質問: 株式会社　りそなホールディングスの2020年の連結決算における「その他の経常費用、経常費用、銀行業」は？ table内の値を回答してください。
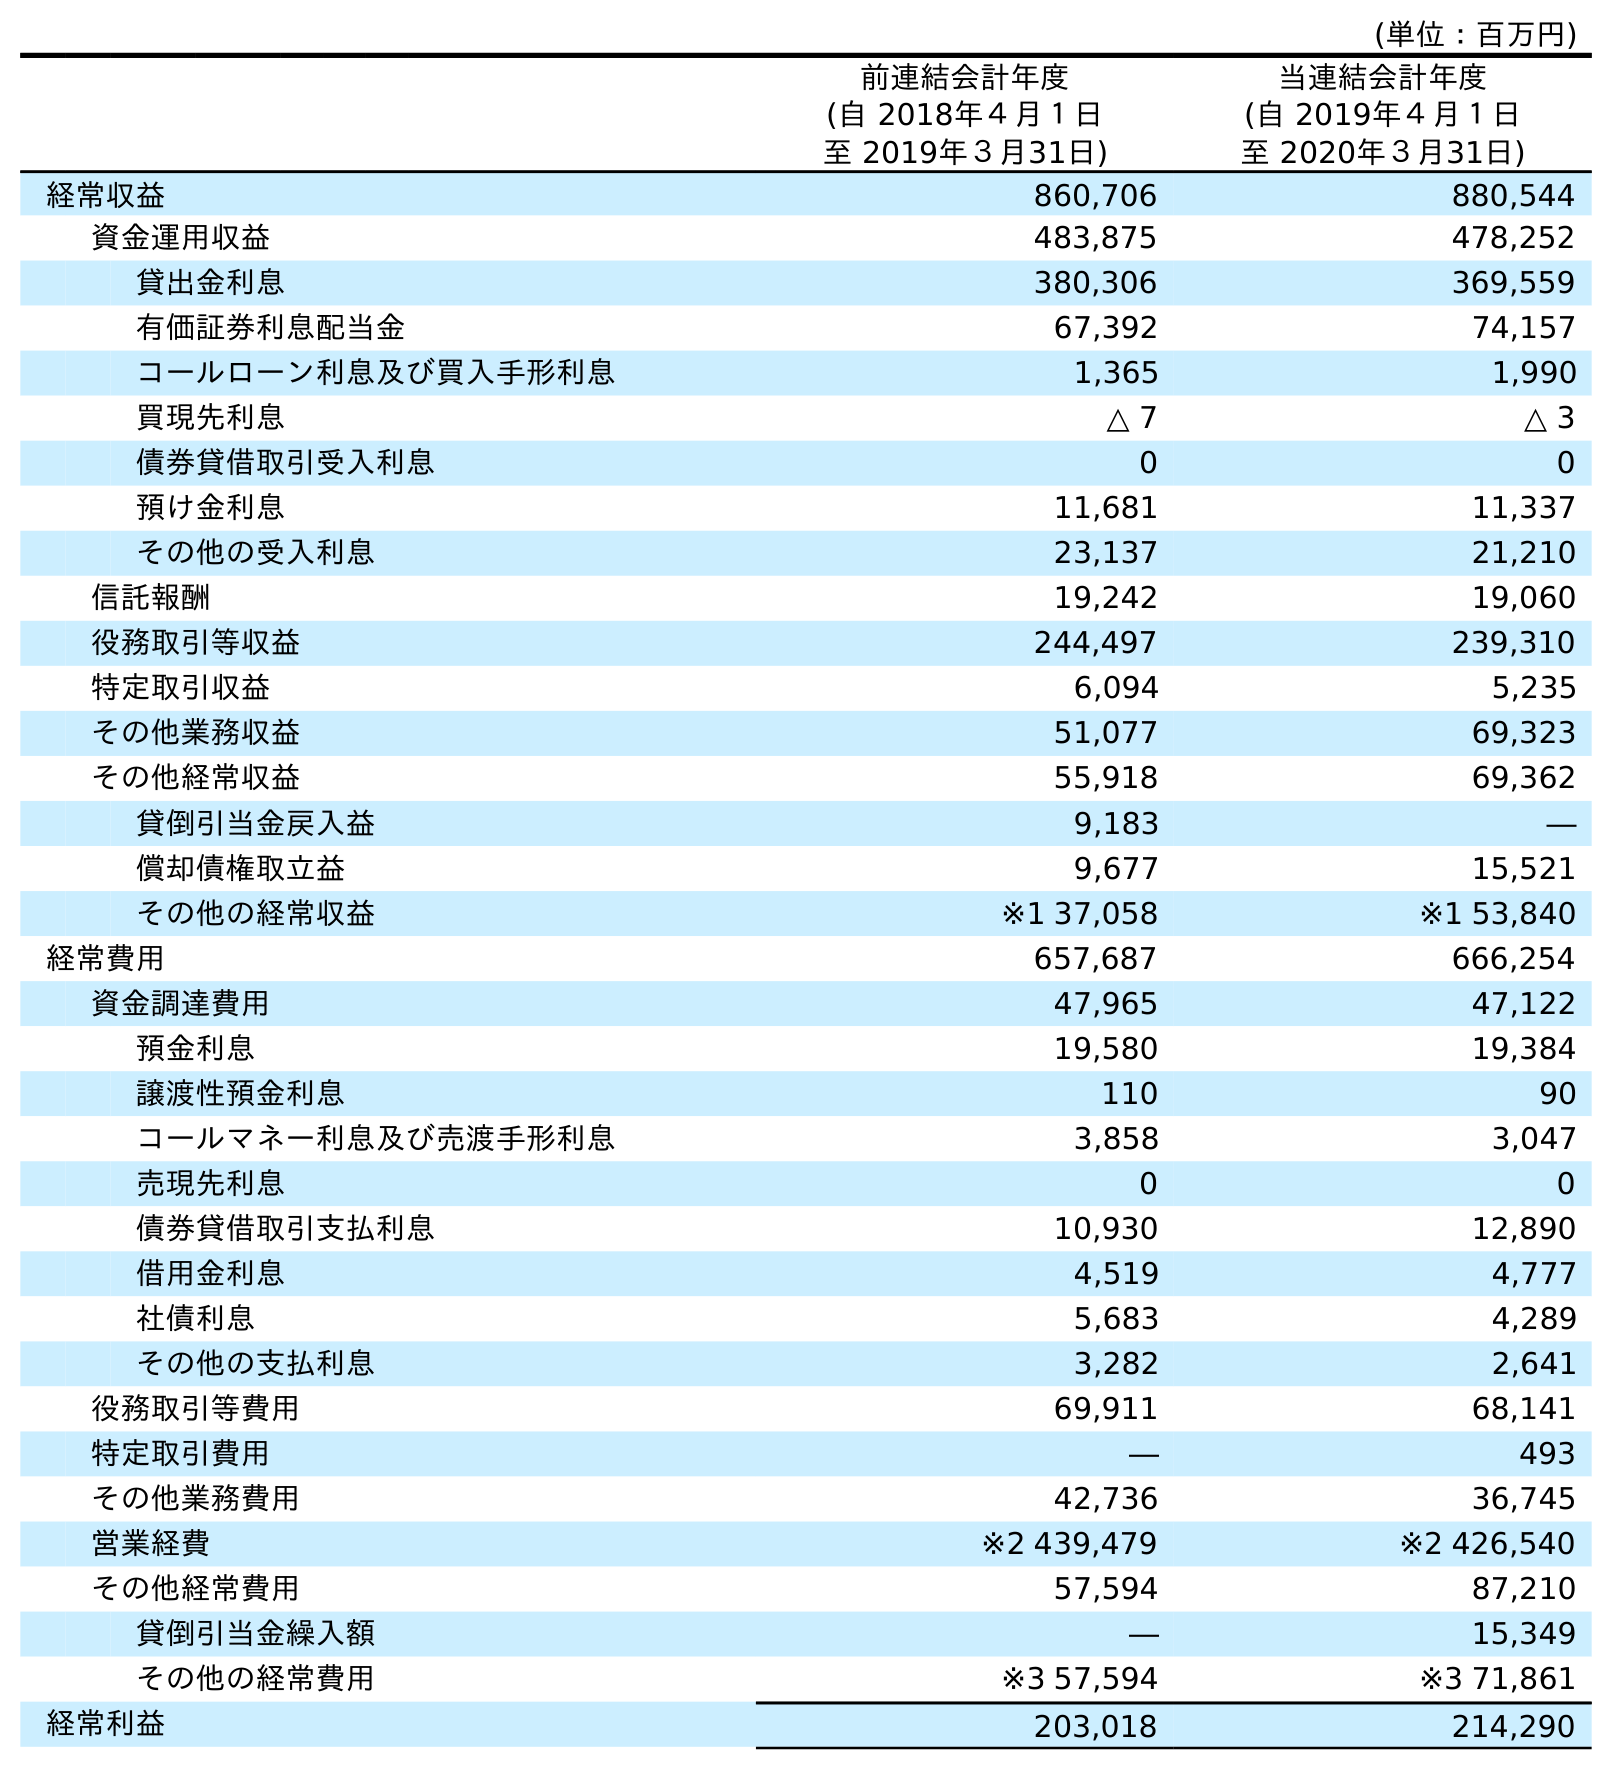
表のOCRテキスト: (単位：百万円) 前連結会計年度 (自 2018年４月１日 至 2019年３月31日) 当連結会計年度 (自 2019年４月１日 至 2020年３月31日) 経常収益 860,706 880,544 資金運用収益 483,875 478,252 貸出金利息 380,306 369,559 有価証券利息配当金 67,392 74,157 コールローン利息及び買入手形利息 1,365 1,990 買現先利息 △ 7 △ 3 債券貸借取引受入利息 0 0 預け金利息 11,681 11,337 その他の受入利息 23,137 21,210 信託報酬 19,242 19,060 役務取引等収益 244,497 239,310 特定取引収益 6,094 5,235 その他業務収益 51,077 69,323 その他経常収益 55,918 69,362 貸倒引当金戻入益 9,183 ― 償却債権取立益 9,677 15,521 その他の経常収益 ※1 37,058 ※1 53,840 経常費用 657,687 666,254 資金調達費用 47,965 47,122 預金利息 19,580 19,384 譲渡性預金利息 110 90 コールマネー利息及び売渡手形利息 3,858 3,047 売現先利息 0 0 債券貸借取引支払利息 10,930 12,890 借用金利息 4,519 4,777 社債利息 5,683 4,289 その他の支払利息 3,282 2,641 役務取引等費用 69,911 68,141 特定取引費用 ― 493 その他業務費用 42,736 36,745 営業経費 ※2 439,479 ※2 426,540 その他経常費用 57,594 87,210 貸倒引当金繰入額 ― 15,349 その他の経常費用 ※3 57,594 ※3 71,861 経常利益 203,018 214,290
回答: ※371,861